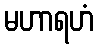
မဟာရဟံ